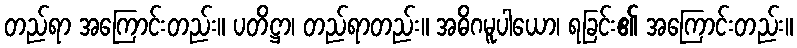
တည်ရာ အကြောင်းတည်း။ ပတိဋ္ဌာ၊ တည်ရာတည်း။ အဓိဂမူပါယော၊ ရခြင်း၏ အကြောင်းတည်း။